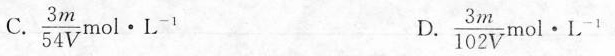
C.\frac{3m}{54V}mol\cdot L^{-1} D.\frac{3m}{102V}mol\cdot L^{-1}